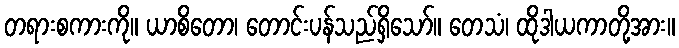
တရားစကားကို။ ယာစိတော၊ တောင်းပန်သည်ရှိသော်။ တေသံ၊ ထိုဒါယကာတို့အား။